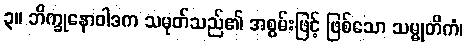
၃။ ဘိက္ခုနောဝါဒက သမုတ်သည်၏ အစွမ်းဖြင့် ဖြစ်သော သမ္မုတိကံ၊